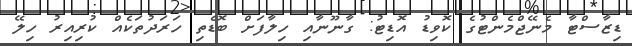
ޑިޒާސްޓާ މެނޭޖްމެންޓުގެ ކޮވިޑު އޮޑިޓު: ގާނޫނާއި ހިލާފަށް ބޮޑެތި ހަރަދުތަކެއް ކުރިއިރު ހިލޭ